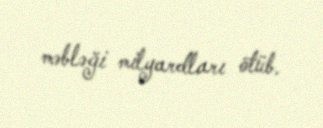
məbləği milyardları ötüb.